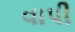
વાપી